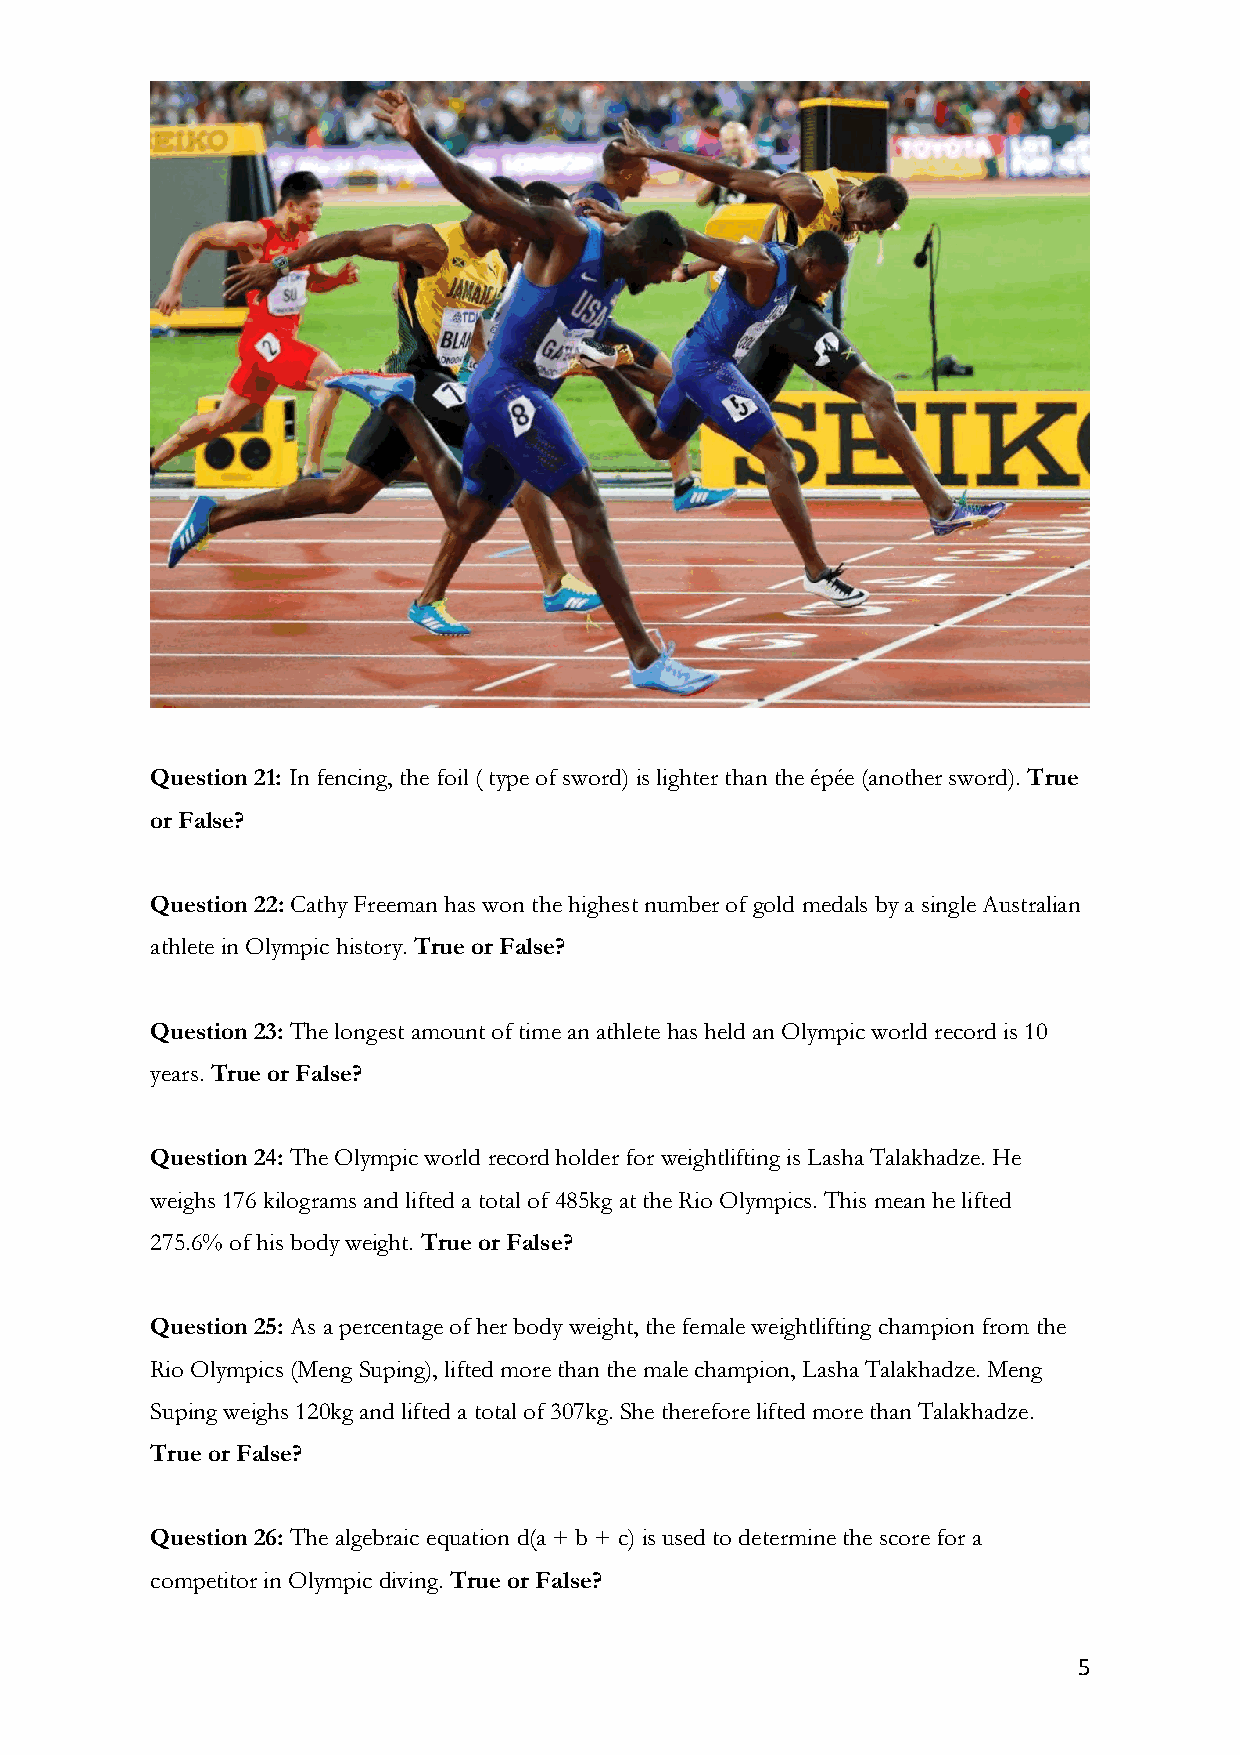
Question 21: In fencing, the foil ( type of sword) is lighter than the épée (another sword). True
 or False?
 Question 22: Cathy Freeman has won the highest number of gold medals by a single Australian
 athlete in Olympic history. True or False?
 Question 23: The longest amount of time an athlete has held an Olympic world record is 10
 years. True or False?
 Question 24: The Olympic world record holder for weightlifting is Lasha Talakhadze. He
 weighs 176 kilograms and lifted a total of 485kg at the Rio Olympics. This mean he lifted
 275.6% of his body weight. True or False?
 Question 25: As a percentage of her body weight, the female weightlifting champion from the
 Rio Olympics (Meng Suping), lifted more than the male champion, Lasha Talakhadze. Meng
 Suping weighs 120kg and lifted a total of 307kg. She therefore lifted more than Talakhadze.
 True or False?
 Question 26: The algebraic equation d(a + b + c) is used to determine the score for a
 competitor in Olympic diving. True or False?
 5